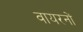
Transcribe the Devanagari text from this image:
वायरनों